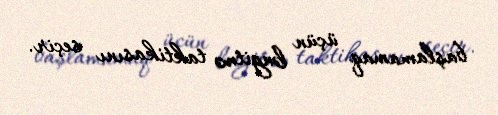
başlamamaq üçün ləngitmə taktikasını seçir.